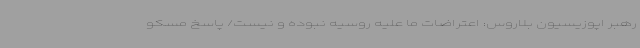
رهبر اپوزیسیون بلاروس: اعتراضات ما علیه روسیه نبوده و نیست/ پاسخ مسکو